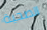
الصحية